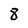
Character: 8